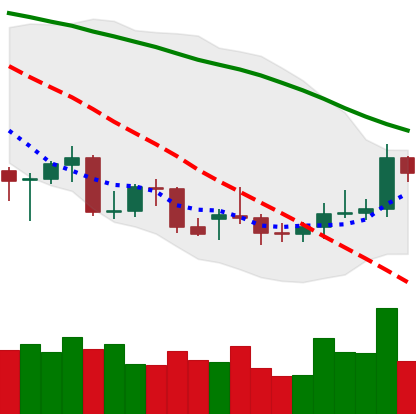
Ticker: XMR-USD
Chart end date: 2021-12-24
Forward return: 5.0%
Label: up_3_5